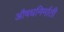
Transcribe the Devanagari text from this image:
औषधनिर्माती